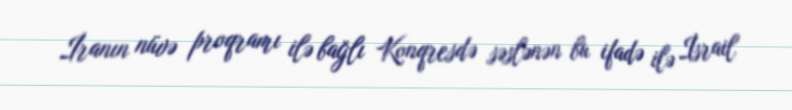
İranın nüvə proqramı ilə bağlı Konqresdə səslənən bu ifadə ilə İsrail